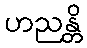
ဟညန္တိ